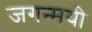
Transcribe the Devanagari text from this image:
जगन्मयी